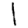
Digit: 1